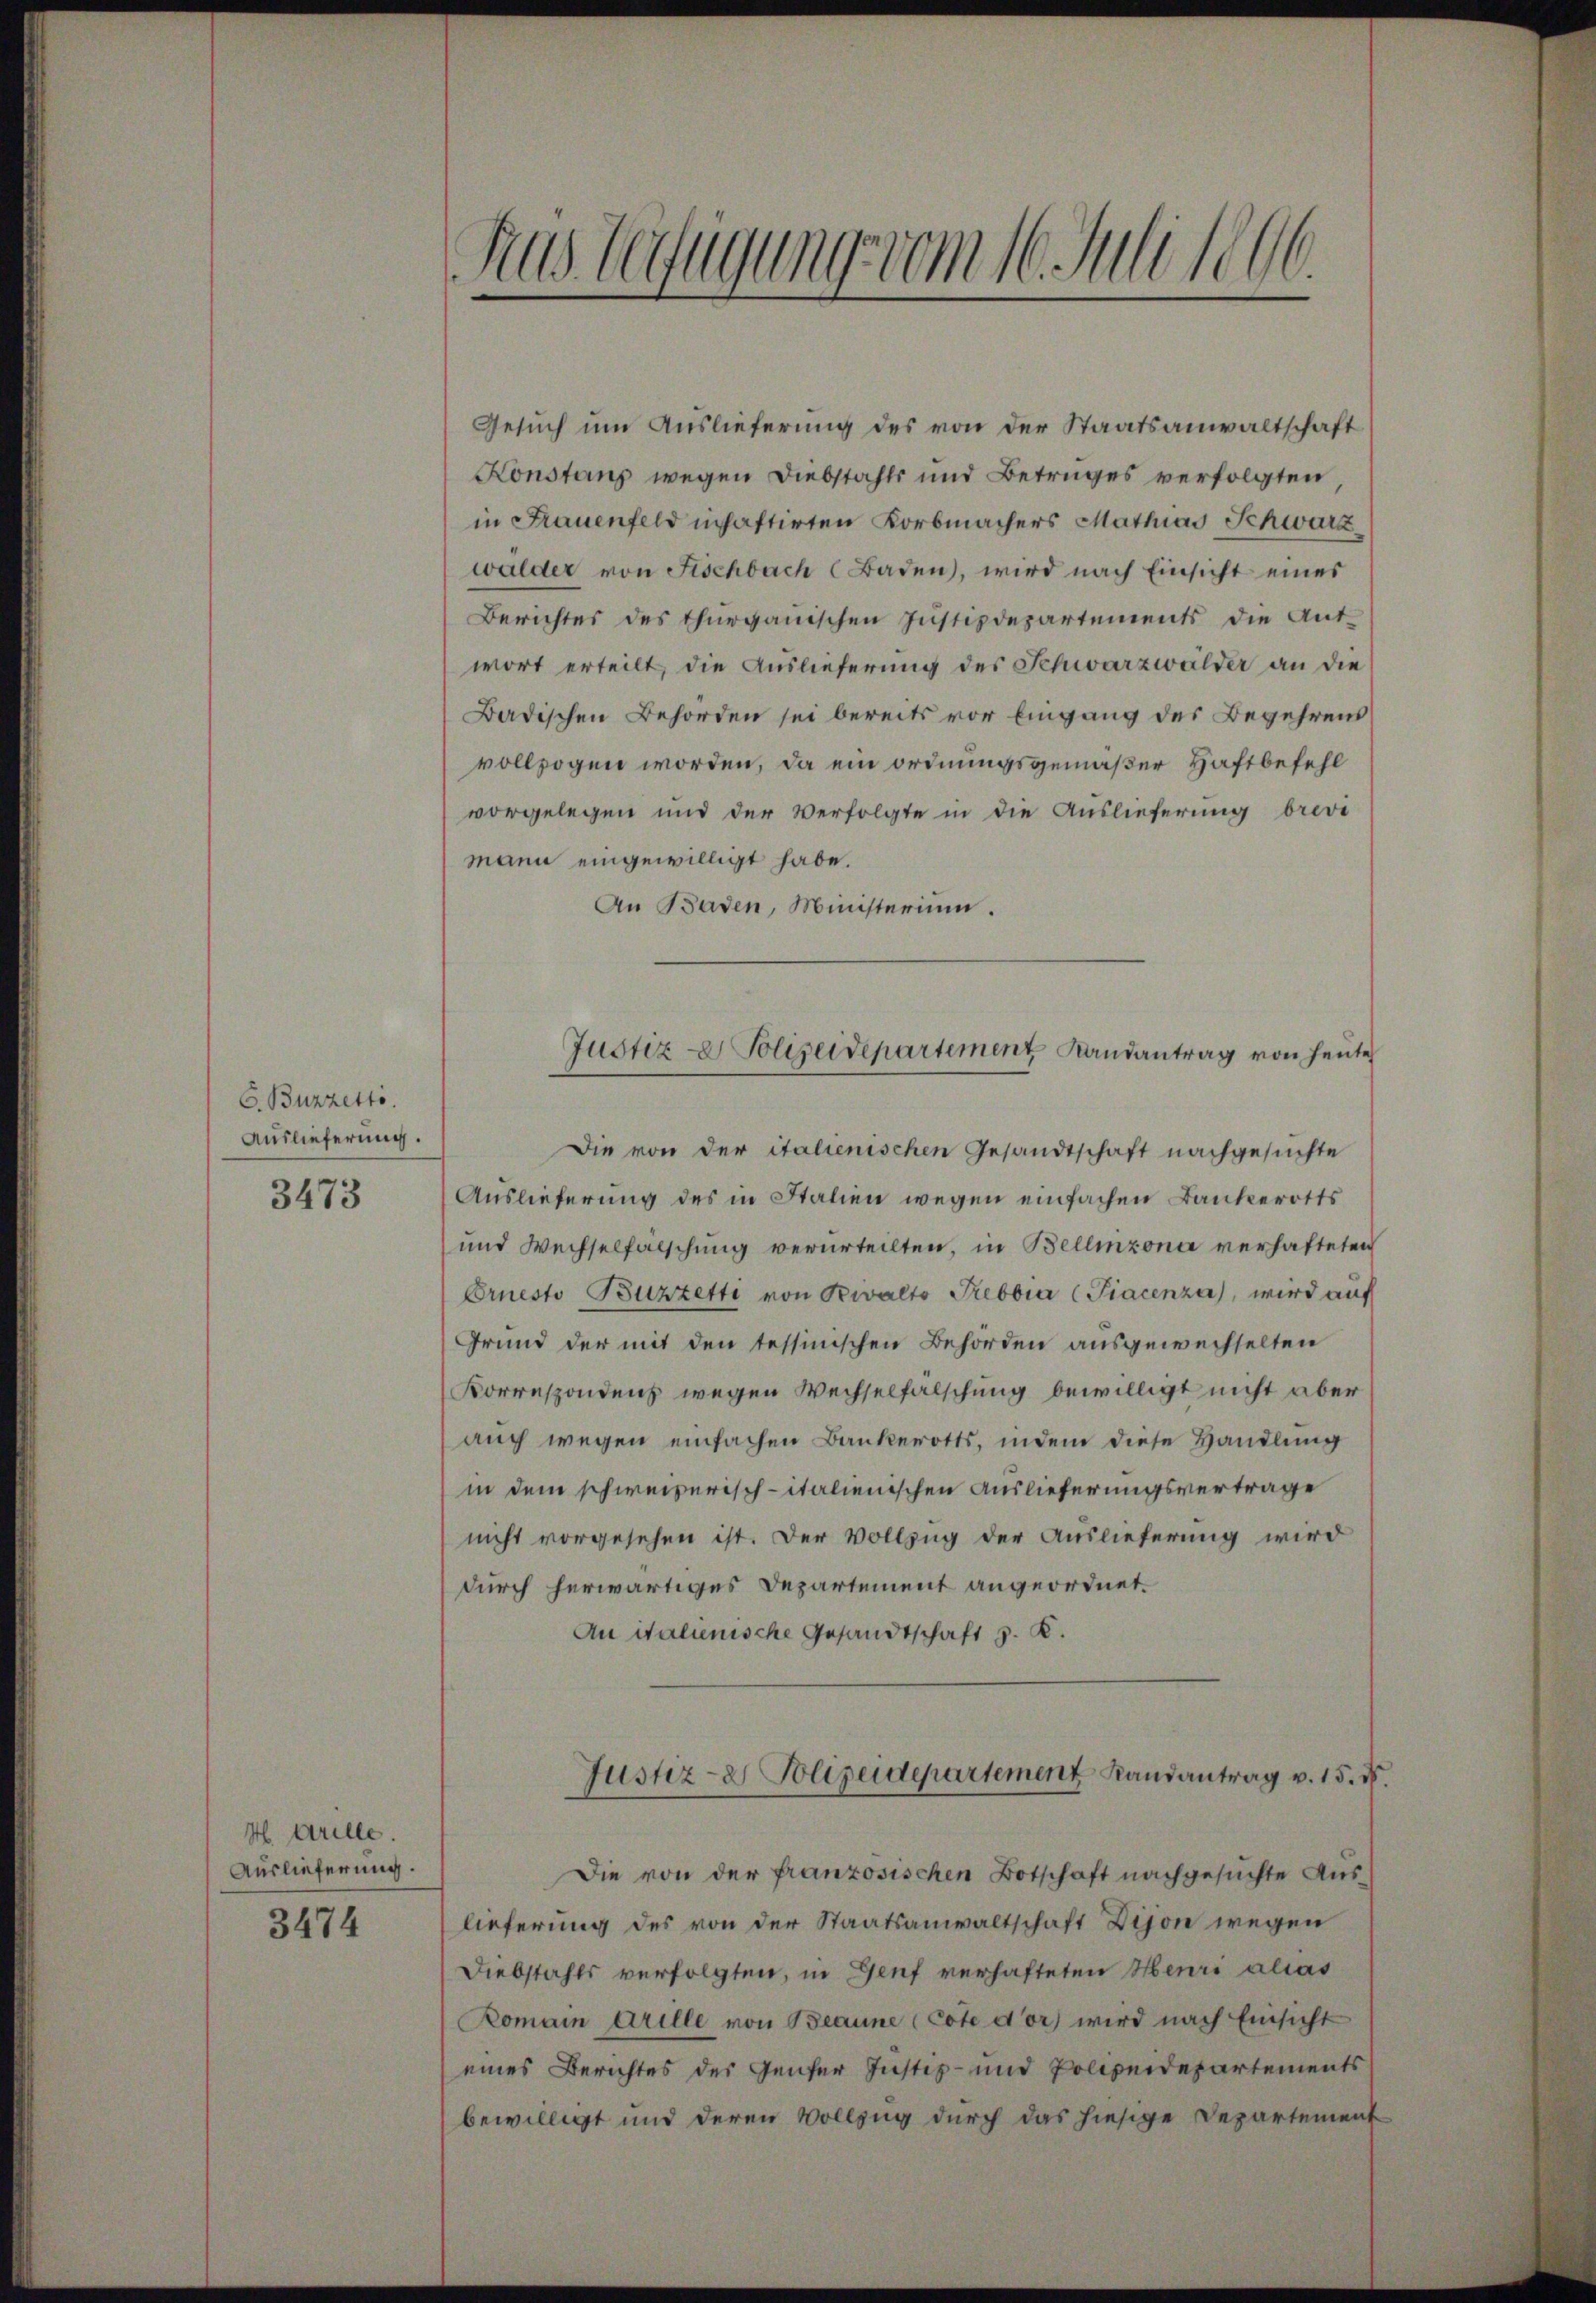
C. Buzzetto
Auslieferung.
3473

H. Grille.
Auslieferung.
3474

Rus befugung vom 16. Juli 1896.

Gesuch um Auslieferung des von der Staatsanwaltschaft
Konstanz wegen Diebstahls und Betruges verfolgten
in Frauenfeld inhaftirten Korbmachers Mathias Schwarz
walder von Fischbach Baden, wird nach Einsicht eines
Berichtes des Thurgauischen Jŭstizdepartements die Ant-
wort erteilt, die Auslieferung des Schwarzwalder an die
Badischen Behörden sei bereits vor Eingang des Begehrens
vollzogen worden, da ein ordnungsgemäßer Haftbefehl
vorgelegen und der Verfolgte in die Auslieferung breve
mann eingewilligt habe.
An Baden, Ministerium.
Die von der italienischen Gesandtschaft nachgesuchte
Auslieferung des in Stalien wegen einfachen Bankerotts
und Wechselfälschung verurteilten, in Bellinzona verhafteten
Ernesto Buzzette von Rivalto Trebbia (Piacenza, wird auf
Grund der mit den tessinischen Behörden ausgewechselten
Korrespondenz wegen Wechselfälschung bewilligt nicht aber
auch wegen einfachen Bankerotts, indem diese Handlung
in dem schweizerisch-italienischen Auslieferungsvertrage
nicht vorgesehen ist. Der Vollzug der Auslieferung wird
durch herwärtiges Departement angeordnet.
An italienische Gesandtschaft z. K.

Justiz- & Polizeidepartement Landantrag von heute

Die von der französischen Botschaft nachgesuchte Auslieferung des von der Staatsanwaltschaft Dijon wegen
Diebstahls verfolgten, in Genf verhafteten Henri alias
Romain Grille von Beanne (Cote d’or) wird nach Einsicht
eines Berichtes des Genfer Justiz- und Polizeidepartements
bewilligt und deren Vollzug durch das hiesige Departement

Justiz- & Polizeidepartement Randantrag v. 15. ds.